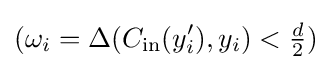
(\omega _{i}=\Delta (C_{\text{in}}(y_{i}'),y_{i})<{\tfrac {d}{2}})